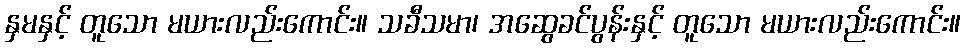
နှမနှင့် တူသော မယားလည်းကောင်း။ သခီသမာ၊ အဆွေခင်ပွန်းနှင့် တူသော မယားလည်းကောင်း။